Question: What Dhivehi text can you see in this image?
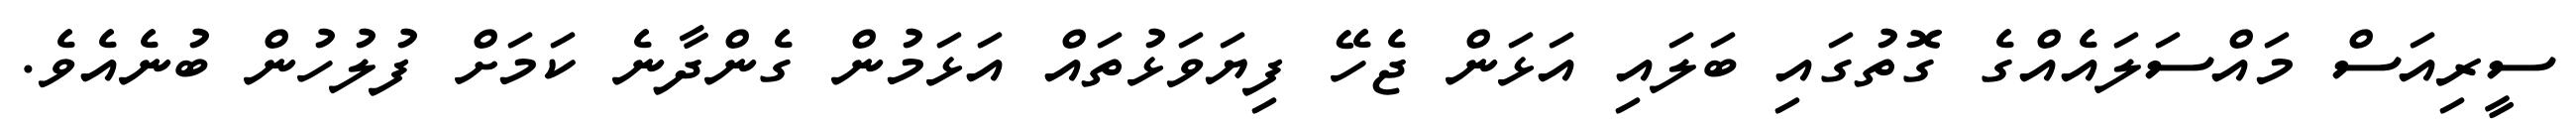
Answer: ސީރިއަސް މައްސަލައެއްގެ ގޮތުގައި ބަލައި އަޅަން ޖެހޭ ފިޔަވަޅުތައް އަޅަމުން ގެންދާނެ ކަމަށް ފުލުހުން ބުނެއެވެ.